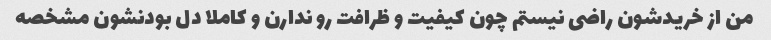
من از خریدشون راضی نیستم چون کیفیت و ظرافت رو ندارن و کاملا دل بودنشون مشخصه